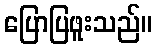
ပြောပြဖူးသည်။